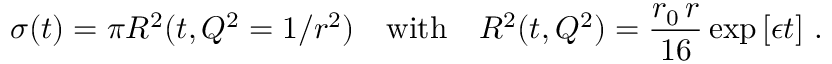
\sigma ( t ) = \pi R ^ { 2 } ( t , Q ^ { 2 } = 1 / r ^ { 2 } ) \quad \mathrm { w i t h } \quad R ^ { 2 } ( t , Q ^ { 2 } ) = { \frac { r _ { 0 } \, r } { 1 6 } } \exp \left[ \epsilon t \right] \, .